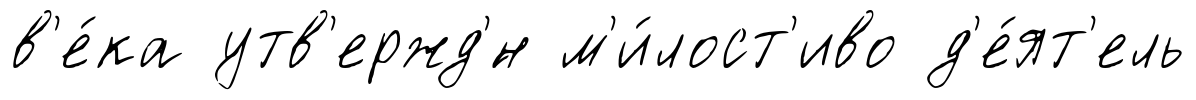
в'е́ка утв'ержд'́н м'и́лост'иво д'е́ят'ель